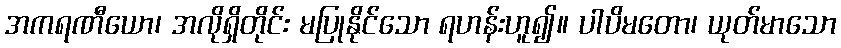
အကရဏီယော၊ အလိုရှိတိုင်း မပြုနိုင်သော ရဟန်းဟူ၍။ ပါပိမတော၊ ယုတ်မာသော